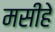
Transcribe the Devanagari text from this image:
मसीहे